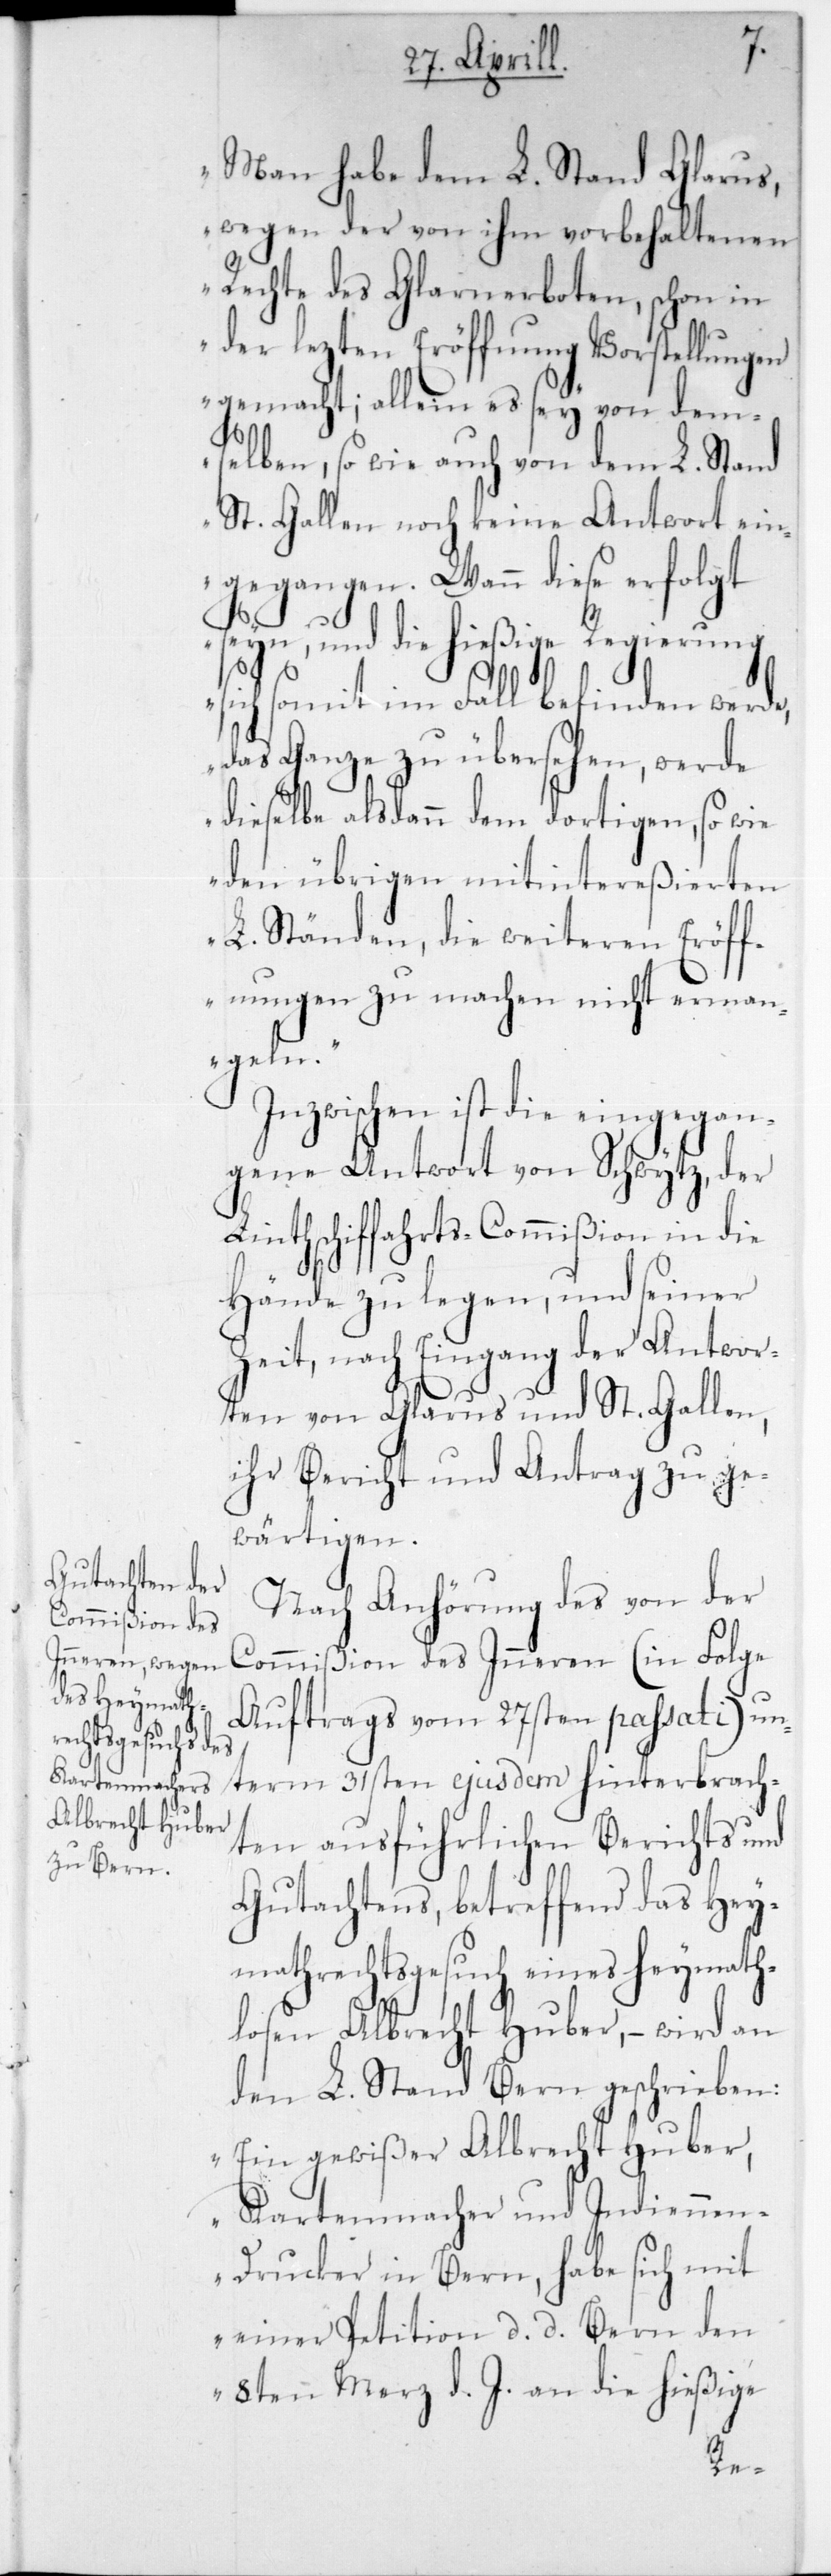
Z¬
„Man habe dem L. Stand Glarus,
wegen der von ihm vorbehaltenen
Rechte des Glarnerboten, schon in
der lezten Eröffnung Vorstellungen
gemacht; allein es sey von dem¬
selben, so wie auch von dem L. Stand
St. Gallen noch keine Antwort ein¬
gegangen. Wann diese erfolgt
seyn, und die hiesige Regierung
sich somit im Fall befinden werde,
das Ganze zu übersehen, werde
dieselbe alsdann dem dortigen, sowie
den übrigen mitintereßierten
L. Ständen, die weiteren Eröff¬
nungen zu machen nicht erman¬
geln“.
Inzwischen ist die eingegan¬
gene Antwort von Schwytz, der
Linthschiffahrts-Commißion in die
Hände zu legen, und seiner
eit, nach Eingang der Antwor¬
ten von Glarus und St. Gallen,
ihr Bericht und Antrag zu ge¬
wärtigen.
Nach Anhörung des von der
Commißion des Inneren (in Folge
Auftrags vom 27sten passati) un¬
term 31sten ejusdem hinterbrach¬
ten ausführlichen Berichts und
Gutachtens, betreffend das Hey¬
mathrechtsgesuch eines heymath¬
losen Albrecht Huber, – wird an
den L. Stand Bern geschrieben:
„Ein gewißer Albrecht Huber,
Kartenmacher und Indiennen¬
drucker in Bern, habe sich mit
einer Petition, d. d. Bern den
8ten Merz d. J. an die hießige